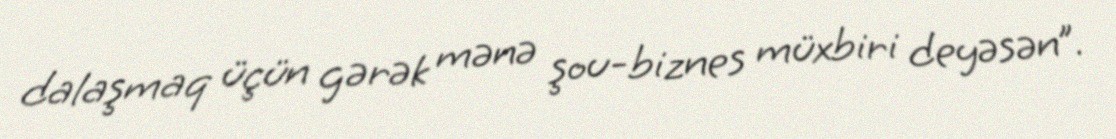
dalaşmaq üçün gərək mənə şou-biznes müxbiri deyəsən”.